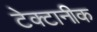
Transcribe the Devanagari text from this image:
टेक्टानीक